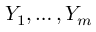
Y _ { 1 } , \ldots , Y _ { m }